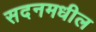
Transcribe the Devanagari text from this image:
सदनमधील